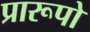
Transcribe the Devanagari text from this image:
प्रारूपो